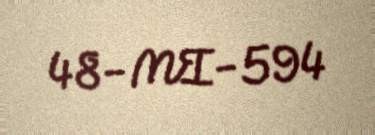
48-MI-594